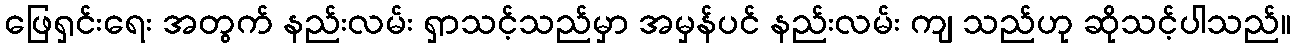
ဖြေရှင်းရေး အတွက် နည်းလမ်း ရှာသင့်သည်မှာ အမှန်ပင် နည်းလမ်း ကျ သည်ဟု ဆိုသင့်ပါသည်။